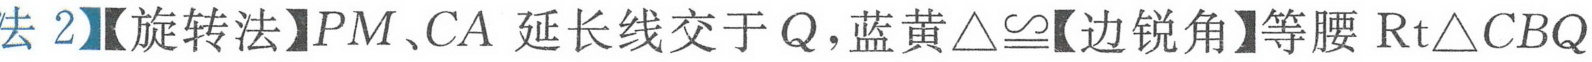
法2】【旋转法】\(PM、CA\) 延长线交于 \(Q\)，蓝黄\(\triangle\cong\)【边锐角】等腰 \(\text{Rt}\triangle CBQ\)